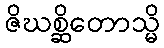
ဇိဃစ္ဆိတောသ္မိ